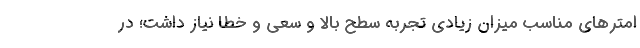
امترهای مناسب میزان زیادی تجربه سطح بالا و سعی و خطا نیاز داشت؛ در